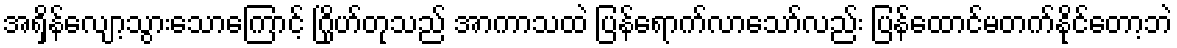
အရှိန်လျော့သွားသောကြောင့် ဂြိုဟ်တုသည် အာကာသထဲ ပြန်ရောက်လာသော်လည်း ပြန်ထောင်မတက်နိုင်တော့ဘဲ